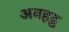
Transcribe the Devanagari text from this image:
अबहट्ठ